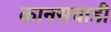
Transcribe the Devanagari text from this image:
कानसवाडी